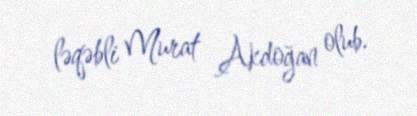
ləqəbli Murat Akdoğan olub.